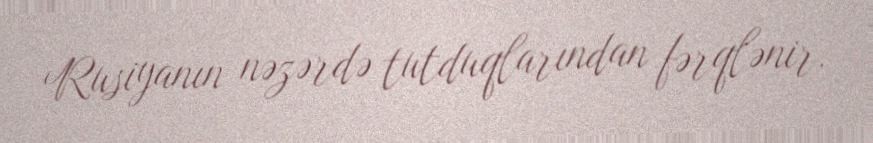
Rusiyanın nəzərdə tutduqlarından fərqlənir.